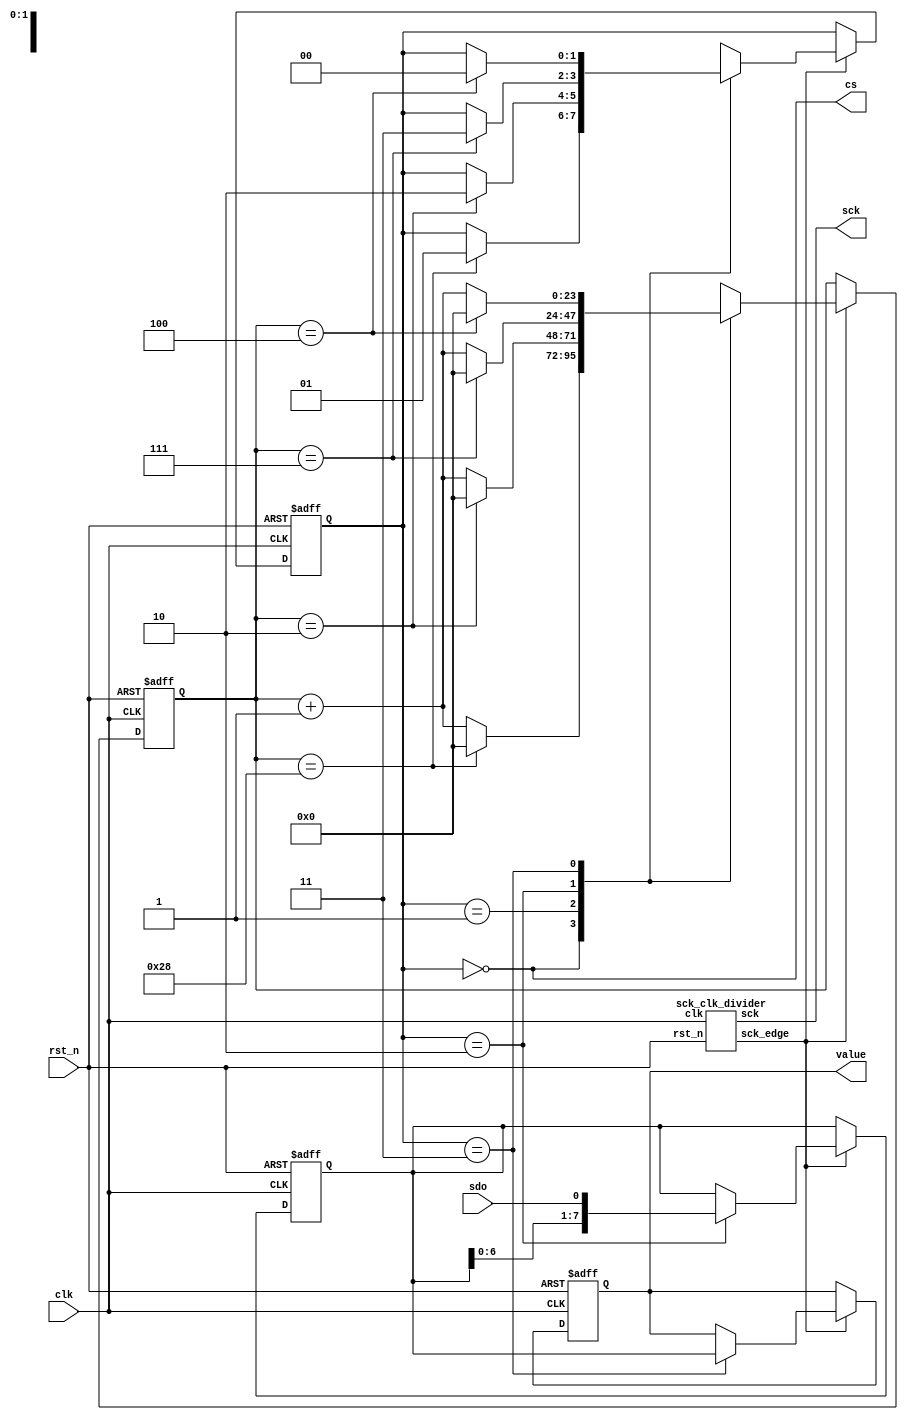
/*
 * Digital Design Lab Manual
 *
 * Copyright(c) 2017 Stanislav Zhelnio 
 *
 */
 
module pmod_als
#(
    parameter QUERY_DELAY = 40
)
(
    input             clk,
    input             rst_n,
    output            cs,
    output            sck,
    input             sdo,
    output reg  [7:0] value
);

    localparam  S_IDLE       = 0,
                S_PREFIX     = 1,
                S_DATA       = 2,
                S_POSTFIX    = 3;

    localparam  IDLE_SIZE    = QUERY_DELAY,
                PREFIX_SIZE  = 2,
                DATA_SIZE    = 7,
                POSTFIX_SIZE = 4;

    // sck clock divider
    wire sck_edge;
    sck_clk_divider scd
    (
        .clk        ( clk      ),
        .rst_n      ( rst_n    ),
        .sck        ( sck      ),
        .sck_edge   ( sck_edge )
    );

    // State hold registers
    reg  [ 1:0] State;
    reg  [23:0] cnt;
    reg  [ 7:0] buffer;

    // State hold registers next value
    reg  [ 1:0] Next;
    reg  [23:0] cntNext;
    reg  [ 7:0] bufferNext;
    reg  [ 7:0] valueNext;

    // Next value to state on every clock
    always @ (posedge clk or negedge rst_n)
        if(~rst_n) begin
            State  <= S_IDLE;
            cnt    <= 24'b0;
            buffer <= 8'b0;
            value  <= 8'b0;
            end
        else begin
            State  <= Next;
            cnt    <= cntNext;
            buffer <= bufferNext;
            value  <= valueNext;
        end

    // Next state determining
    always @(*) begin
        Next = State;
        if(sck_edge)
            case(State)
                S_IDLE    : if(cnt == IDLE_SIZE)    Next = S_PREFIX;
                S_PREFIX  : if(cnt == PREFIX_SIZE)  Next = S_DATA;
                S_DATA    : if(cnt == DATA_SIZE)    Next = S_POSTFIX;
                S_POSTFIX : if(cnt == POSTFIX_SIZE) Next = S_IDLE;
            endcase
    end

    always @(*) begin
        cntNext = cnt;
        if(sck_edge) begin
            cntNext = cnt + 1;
            case(State)
                S_IDLE    : if (cnt == IDLE_SIZE)    cntNext = 0;
                S_PREFIX  : if (cnt == PREFIX_SIZE)  cntNext = 0;
                S_DATA    : if (cnt == DATA_SIZE)    cntNext = 0;
                S_POSTFIX : if (cnt == POSTFIX_SIZE) cntNext = 0;
            endcase
        end
    end

    always @(*) begin
        bufferNext = buffer;
        valueNext = value;
        if(sck_edge)
            case(State)
                S_DATA    : bufferNext = { bufferNext[6:0], sdo };
                S_POSTFIX : valueNext = bufferNext;
            endcase
    end

    // output
    assign cs = (State == S_IDLE);

endmodule


module sck_clk_divider
(
    input       clk,
    input       rst_n,
    output      sck,
    output      sck_edge
);
    localparam  S_DOWN = 0,
                S_EDGE = 1,
                S_UP   = 2;

    localparam  DOWN_SIZE = 7,
                UP_SIZE = DOWN_SIZE - 1; // because 1 cycle of S_EDGE;

    // State hold registers
    reg  [1:0] State;
    reg  [2:0] cnt;

    // State hold registers next value
    reg  [1:0] Next;
    reg  [2:0] cntNext;

    always @ (posedge clk or negedge rst_n)
        if(~rst_n) begin
            State  <= S_DOWN;
            cnt    <= 3'b0;
            end
        else begin
            State  <= Next;
            cnt    <= cntNext;
        end

    // Next state determining
    always @(*) begin
        Next = State;
        case(State)
            S_DOWN  : if(cnt == DOWN_SIZE) Next = S_EDGE;
            S_EDGE  : Next = S_UP;
            S_UP    : if(cnt == UP_SIZE) Next = S_DOWN;
        endcase
    end

    always @(*) begin
        cntNext = cnt + 1;
        case(State)
            S_DOWN  : if (cnt == DOWN_SIZE) cntNext = 0;
            S_EDGE  : cntNext = 0;
            S_UP    : if (cnt == UP_SIZE) cntNext = 0;
        endcase
    end

    // Output value
    assign sck      = (State != S_DOWN);
    assign sck_edge = (State == S_EDGE);

endmodule